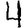
Digit: 4